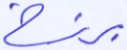
برزخ